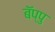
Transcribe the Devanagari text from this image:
बॅप्पु